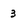
Character: 3